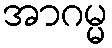
အာဂမ္မ